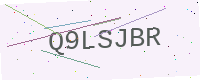
Text: Q9LSJBR